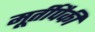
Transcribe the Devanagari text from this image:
मूर्तीपैकी